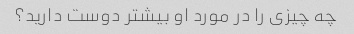
چه چیزی را در مورد او بیشتر دوست دارید؟